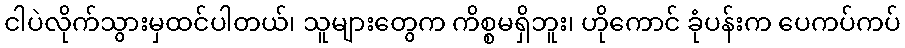
ငါပဲလိုက်သွားမှထင်ပါတယ်၊ သူများတွေက ကိစ္စမရှိဘူး၊ ဟိုကောင် ခုံပန်းက ပေကပ်ကပ်